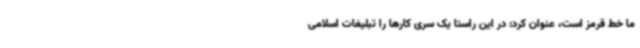
ما خط قرمز است، عنوان کرد: در این راستا یک سری کارها را تبلیغات اسلامی